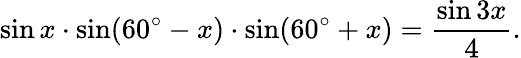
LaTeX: \sin x\cdot\sin(60^{\circ}-x)\cdot\sin(60^{\circ}+x)={\frac{\sin 3x}{4}}.